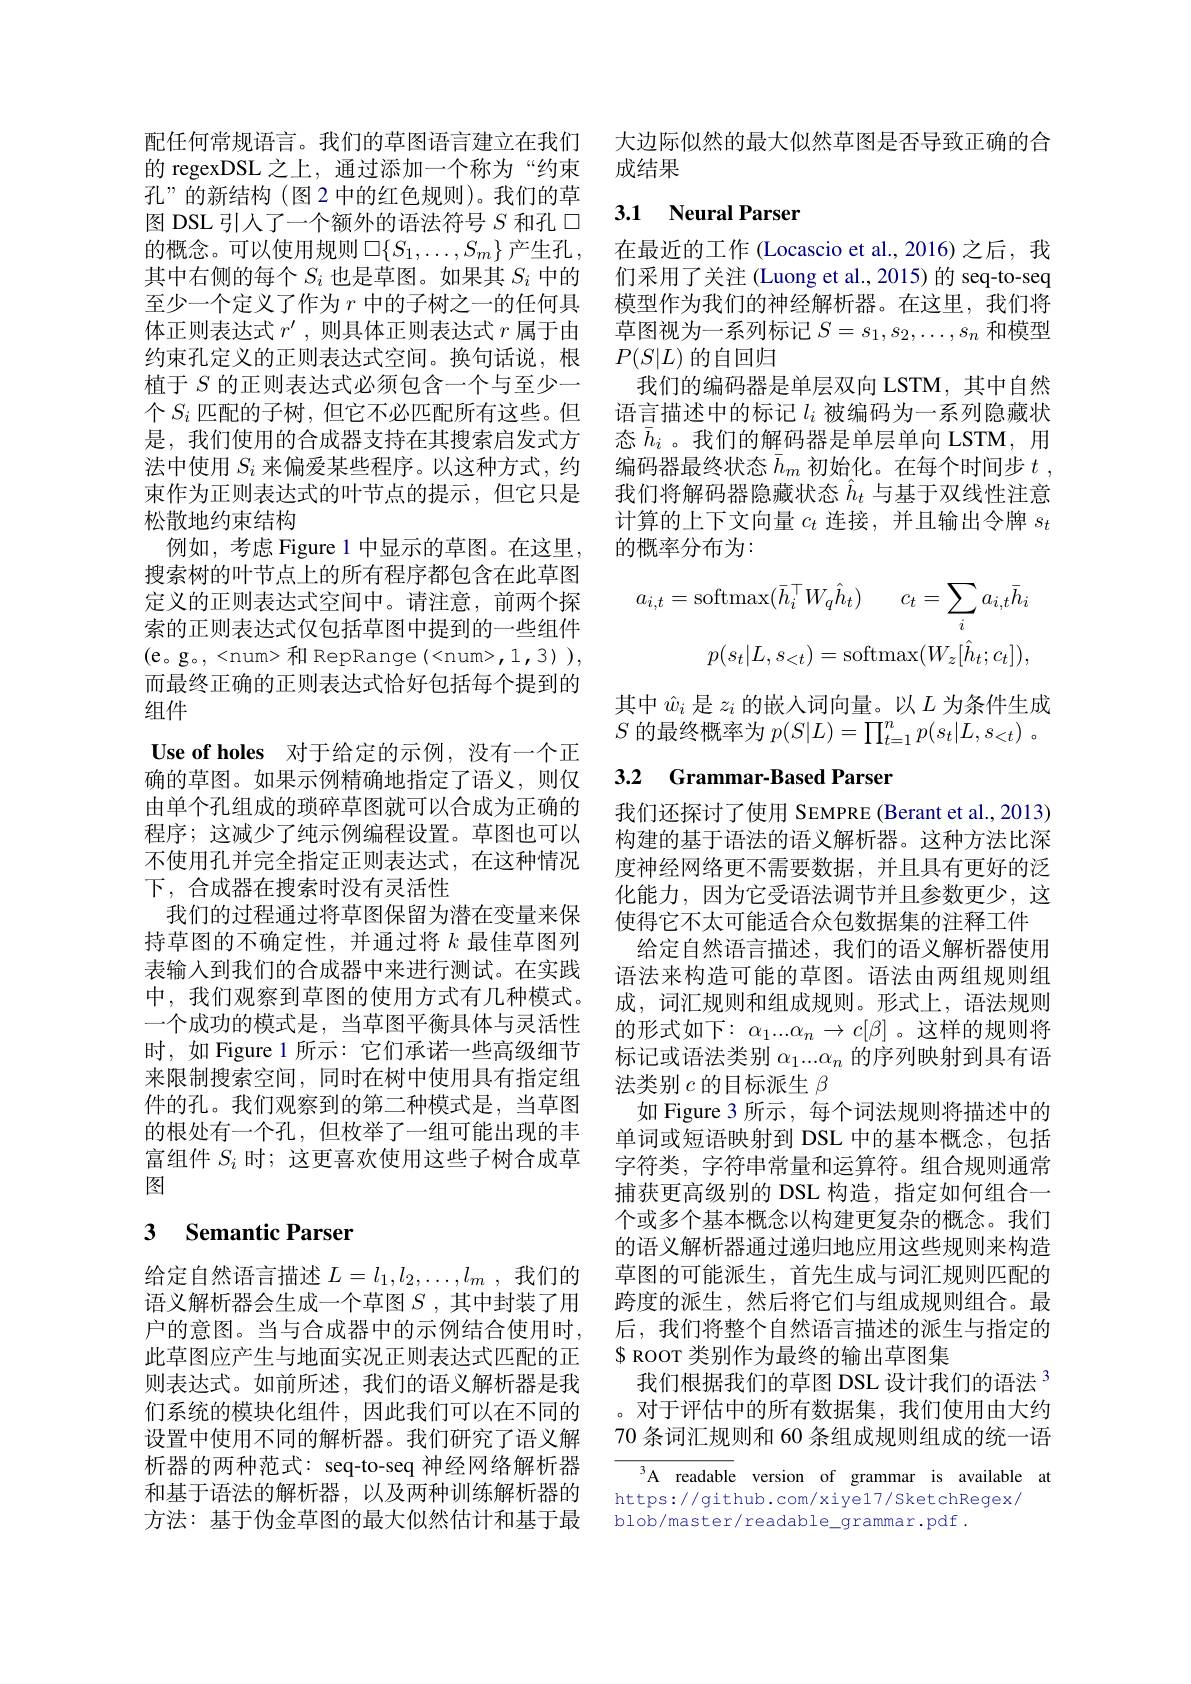
孔”的新结构(图 2 中的红色规则)。我们的草图 DSL 引人了一个额外的语法符号$S$和孔$\square$ 的概念。可以使用规则$\square\{S_1,\ldots,S_m\}$产生孔， 其中右侧的每个$S_i$也是草图。如果其$S_i$中的至少一个定义了作为$r$中的子树之一的任何具体正则表达式$r^\prime$,则具体正则表达式$r$属于由约束孔定义的正则表达式空间。换句话说，根植于$S$的正则表达式必须包含一个与至少一个$S_i$匹配的子树，但它不必匹配所有这些。但是，我们使用的合成器支持在其搜索启发式方法中使用$S_i$来偏爱某些程序。以这种方式，约束作为正则表达式的叶节点的提示，但它只是松散地约束结构
例如，考虑 Figure 1 中显示的草图。在这里， 搜索树的叶节点上的所有程序都包含在此草图定义的正则表达式空间中。请注意，前两个探索的正则表达式仅包括草图中提到的一些组件(e。g。, <num> 和 RepRange (<num>,1,3)), 而最终正确的正则表达式恰好包括每个提到的组件
Use of holes 对于给定的示例，没有一个正确的草图。如果示例精确地指定了语义，则仅由单个孔组成的琐碎草图就可以合成为正确的程序；这减少了纯示例编程设置。草图也可以不使用孔并完全指定正则表达式，在这种情况下，合成器在搜索时没有灵活性
我们的过程通过将草图保留为潜在变量来保持草图的不确定性，并通过将$k$最佳草图列表输入到我们的合成器中来进行测试。在实践中，我们观察到草图的使用方式有几种模式。一个成功的模式是，当草图平衡具体与灵活性时，如 Figure 1 所示：它们承诺一些高级细节来限制搜索空间，同时在树中使用具有指定组件的孔。我们观察到的第二种模式是，当草图的根处有一个孔，但枚举了一组可能出现的丰富组件$S_i$时；这更喜欢使用这些子树合成草图

## 3 Semantic Parser

给定自然语言描述$L=l_1,l_2,\ldots,l_m$ ,我们的语义解析器会生成一个草图$S$ ,其中封装了用户的意图。当与合成器中的示例结合使用时， 此草图应产生与地面实况正则表达式匹配的正则表达式。如前所述，我们的语义解析器是我们系统的模块化组件，因此我们可以在不同的设置中使用不同的解析器。我们研究了语义解析器的两种范式：seq-to-seq 神经网络解析器和基于语法的解析器，以及两种训练解析器的方法：基于伪金草图的最大似然估计和基于最

配任何常规语言。我们的草图语言建立在我们 大边际似然的最大似然草图是否导致正确的合
的 regexDSL 之上，通过添加一个称为“约束 成结果

## 3.1 Neural Parser

在最近的工作 (Locascio et al.,2016) 之后，我们采用了关注(Luong et al.,2015)的 seq-to-seq 模型作为我们的神经解析器。在这里，我们将草图视为一系列标记$S=s_1,s_2,\ldots,s_n$和模型$P(S|L)$的自回归
我们的编码器是单层双向 LSTM,其中自然语言描述中的标记$l_i$被编码为一系列隐藏状态$\bar{h}_i$。我们的解码器是单层单向 LSTM,用编码器最终状态$\bar{h}_m$初始化。在每个时间步$t$, 我们将解码器隐藏状态$\hat{h}_t$与基于双线性注意计算的上下文向量$c_t$连接，并且输出令牌$s_t$ 的概率分布为：
$$a_{i,t}=\mathrm{softmax}(\bar{h}_{i}^{\top}W_{q}\hat{h}_{t})\quad c_{t}=\sum_{i}a_{i,t}\bar{h}_{i}\\p(s_{t}|L,s_{<t})=\mathrm{softmax}(W_{z}[\hat{h}_{t};c_{t}]),$$
其中$\hat{w}_i$是$z_i$的嵌人词向量。以$L$为条件生成$S$的最终概率为$p( S| L) = \prod _t= 1^np( s_t| L, s_{< t})$ .

## 3.2 Grammar-Based Parser

我们还探讨了使用 SEMPRE (Berant et al., 2013) 构建的基于语法的语义解析器。这种方法比深度神经网络更不需要数据，并且具有更好的泛化能力，因为它受语法调节并且参数更少，这使得它不太可能适合众包数据集的注释工件
给定自然语言描述，我们的语义解析器使用语法来构造可能的草图。语法由两组规则组成，词汇规则和组成规则。形式上，语法规则的形式如下：$\alpha_1...\alpha_n\to c[\beta]$ 。这样的规则将标记或语法类别$\alpha_1...\alpha_n$的序列映射到具有语法类别$c$的目标派生$\beta$
如 Figure 3 所示，每个词法规则将描述中的单词或短语映射到 DSL 中的基本概念，包括字符类，字符串常量和运算符。组合规则通常捕获更高级别的 DSL 构造，指定如何组合一个或多个基本概念以构建更复杂的概念。我们的语义解析器通过递归地应用这些规则来构造草图的可能派生，首先生成与词汇规则匹配的跨度的派生，然后将它们与组成规则组合。最后，我们将整个自然语言描述的派生与指定的$\$$ ROOT 类别作为最终的输出草图集
我们根据我们的草图 DSL 设计我们的语法 3 。对于评估中的所有数据集，我们使用由大约70 条词汇规则和 60 条组成规则组成的统一语

A readable version of grammar is available at
https://github.com/xiye17/SketchRegex/
blob/master/readable\_grammar.pdf.